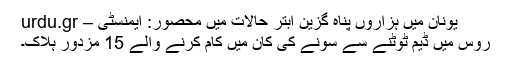
یونان میں ہزاروں پناہ گزین ابتر حالات میں محصور: ایمنسٹی – urdu.gr
روس میں ڈیم ٹوٹنے سے سونے کی کان میں کام کرنے والے 15 مزدور ہلاک۔